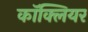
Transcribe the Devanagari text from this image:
काॅक्लियर